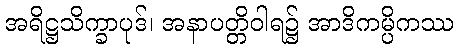
အရိဋ္ဌသိက္ခာပုဒ်၊ အနာပတ္တိဝါရ၌ အာဒိကမ္ပိကဿ